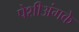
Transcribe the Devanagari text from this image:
पेशीअंगके